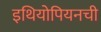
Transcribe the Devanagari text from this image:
इथियोपियनची